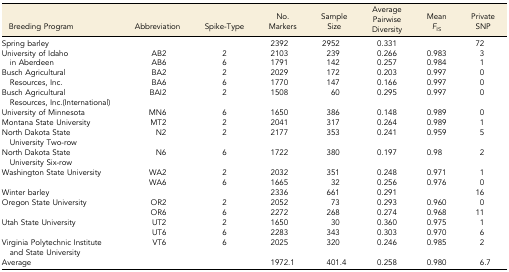
<table><thead><tr><td><b>Breeding Program</b></td><td><b>Abbreviation</b></td><td><b>Spike-Type</b></td><td><b>No. Markers</b></td><td><b>Sample Size</b></td><td><b>Average Pairwise Diversity</b></td><td><b>Mean <i>F</i><sub>IS</sub></b></td><td><b>Private SNP</b></td></tr></thead><tbody><tr><td>Spring barley</td><td></td><td></td><td>2392</td><td>2952</td><td>0.331</td><td></td><td>72</td></tr><tr><td rowspan="2">University of Idaho in Aberdeen</td><td>AB2</td><td>2</td><td>2103</td><td>239</td><td>0.266</td><td>0.983</td><td>3</td></tr><tr><td>AB6</td><td>6</td><td>1791</td><td>142</td><td>0.257</td><td>0.984</td><td>1</td></tr><tr><td rowspan="2">Busch Agricultural Resources, Inc.</td><td>BA2</td><td>2</td><td>2029</td><td>172</td><td>0.203</td><td>0.997</td><td>0</td></tr><tr><td>BA6</td><td>6</td><td>1770</td><td>147</td><td>0.166</td><td>0.997</td><td>0</td></tr><tr><td>Busch Agricultural Resources, Inc.(International)</td><td>BAI2</td><td>2</td><td>1508</td><td>60</td><td>0.295</td><td>0.997</td><td>0</td></tr><tr><td>University of Minnesota</td><td>MN6</td><td>6</td><td>1650</td><td>386</td><td>0.148</td><td>0.989</td><td>0</td></tr><tr><td>Montana State University</td><td>MT2</td><td>2</td><td>2041</td><td>317</td><td>0.264</td><td>0.989</td><td>1</td></tr><tr><td>North Dakota State University Two-row</td><td>N2</td><td>2</td><td>2177</td><td>353</td><td>0.241</td><td>0.959</td><td>5</td></tr><tr><td>North Dakota State University Six-row</td><td>N6</td><td>6</td><td>1722</td><td>380</td><td>0.197</td><td>0.98</td><td>2</td></tr><tr><td rowspan="2">Washington State University</td><td>WA2</td><td>2</td><td>2032</td><td>351</td><td>0.248</td><td>0.971</td><td>1</td></tr><tr><td>WA6</td><td>6</td><td>1665</td><td>32</td><td>0.256</td><td>0.976</td><td>0</td></tr><tr><td>Winter barley</td><td></td><td></td><td>2336</td><td>661</td><td>0.291</td><td></td><td>16</td></tr><tr><td rowspan="2">Oregon State University</td><td>OR2</td><td>2</td><td>2052</td><td>73</td><td>0.293</td><td>0.960</td><td>0</td></tr><tr><td>OR6</td><td>6</td><td>2272</td><td>268</td><td>0.274</td><td>0.968</td><td>11</td></tr><tr><td rowspan="2">Utah State University</td><td>UT2</td><td>2</td><td>1650</td><td>30</td><td>0.360</td><td>0.975</td><td>1</td></tr><tr><td>UT6</td><td>6</td><td>2283</td><td>343</td><td>0.303</td><td>0.970</td><td>6</td></tr><tr><td>Virginia Polytechnic Institute and State University</td><td>VT6</td><td>6</td><td>2025</td><td>320</td><td>0.246</td><td>0.985</td><td>2</td></tr><tr><td>Average</td><td></td><td></td><td>1972.1</td><td>401.4</td><td>0.258</td><td>0.980</td><td>6.7</td></tr></tbody></table>